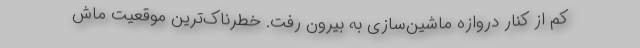
کم از کنار دروازه ماشین‌سازی به بیرون رفت. خطرناک‌ترین موقعیت ماش